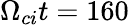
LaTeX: \Omega_{ci}t=160